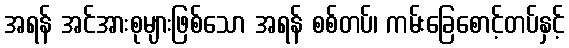
အရန် အင်အားစုများဖြစ်သော အရန် စစ်တပ်၊ ကမ်းခြေစောင့်တပ်နှင့်